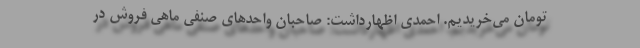
تومان می‌خریدیم. احمدی اظهارداشت: صاحبان واحدهای صنفی ماهی فروش در